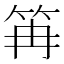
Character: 𥬕